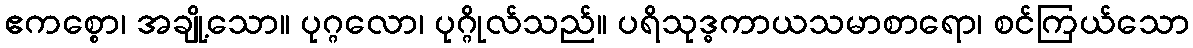
ဧကစ္စော၊ အချို့သော။ ပုဂ္ဂလော၊ ပုဂ္ဂိုလ်သည်။ ပရိသုဒ္ဓကာယသမာစာရော၊ စင်ကြယ်သော